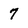
Character: 7